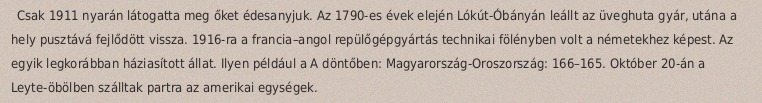
Csak 1911 nyarán látogatta meg őket édesanyjuk. Az 1790-es évek elején Lókút-Óbányán leállt az üveghuta gyár, utána a hely pusztává fejlődött vissza. 1916-ra a francia–angol repülőgépgyártás technikai fölényben volt a németekhez képest. Az egyik legkorábban háziasított állat. Ilyen például a A döntőben: Magyarország-Oroszország: 166–165. Október 20-án a Leyte-öbölben szálltak partra az amerikai egységek.